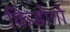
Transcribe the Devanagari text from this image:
किडोगो